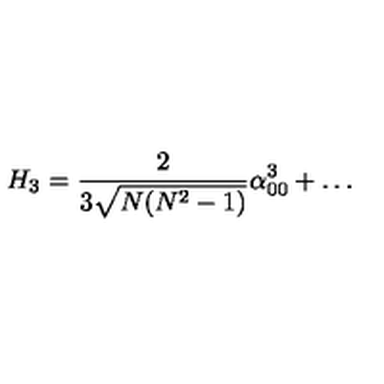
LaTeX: H _ { 3 } = { \frac { 2 } { 3 \sqrt { N ( N ^ { 2 } - 1 ) } } } \alpha _ { 0 0 } ^ { 3 } + \dots